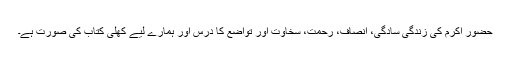
حضور اکرم کی زندگی سادگی، انصاف، رحمت، سخاوت اور تواضع کا درس اور ہمارے لیے کھلی کتاب کی صورت ہے۔